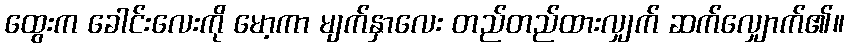
ထွေးက ခေါင်းလေးကို မော့ကာ မျက်နှာလေး တည်တည်ထားလျှက် ဆက်လျှောက်၏။